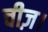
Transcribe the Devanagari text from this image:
चीज़।